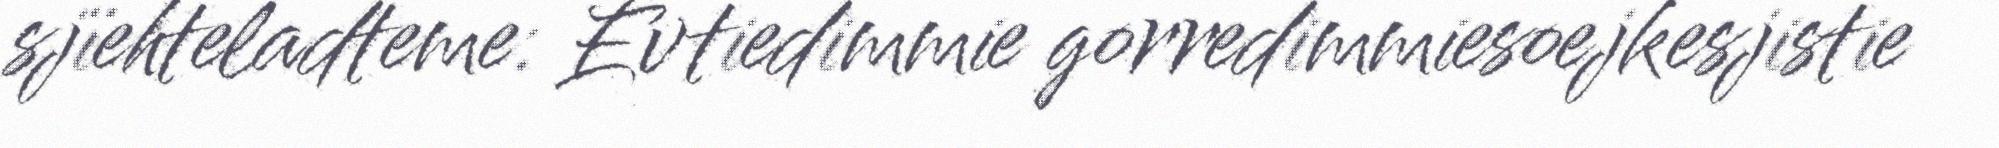
sjïehteladteme: Evtiedimmie gorredimmiesoejkesjistie